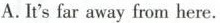
A.It'sfar away from here.